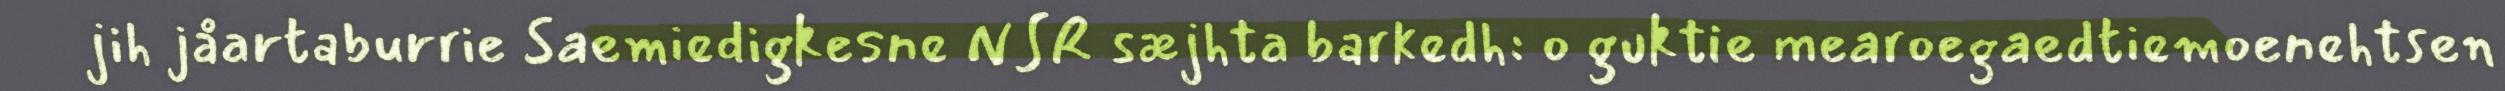
jih jåartaburrie Saemiedigkesne NSR sæjhta barkedh: o guktie mearoegaedtiemoenehtsen